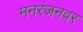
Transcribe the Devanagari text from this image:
मनरंजनवर